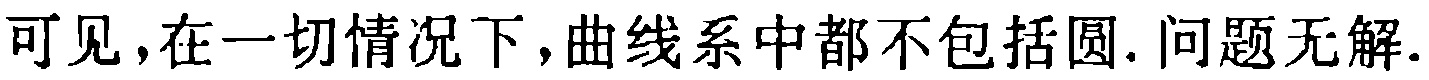
可见，在一切情况下，曲线系中都不包括圆. 问题无解.